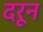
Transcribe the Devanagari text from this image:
दरून